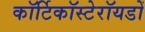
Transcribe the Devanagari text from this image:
कॉर्टिकॉस्टेरॉयडों